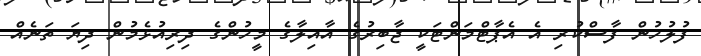
ފުލުހުން ފާސްކުރި އެ އެޕާޓްމަންޓަކީ ޖާބިރުގެ އާއިލާގެ މީހުންގެ ދިރިއުޅެމުން ދިޔަ ތަނެއް